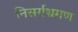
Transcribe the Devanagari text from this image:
निसर्गभ्रमण